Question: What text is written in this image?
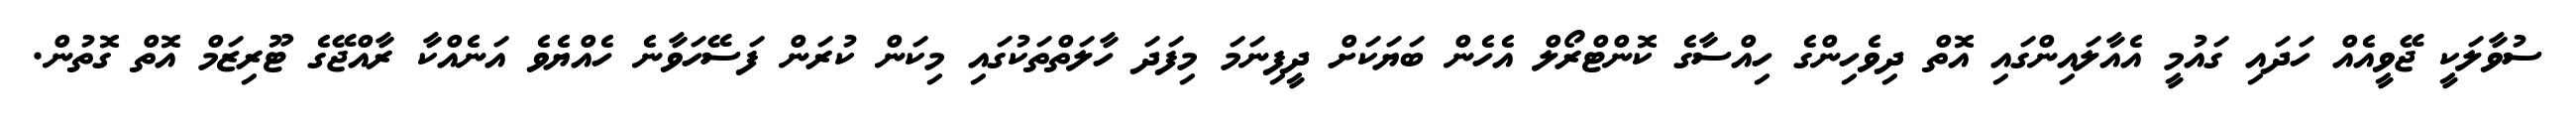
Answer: ސުވާލަކީ ޖޭވީއެއް ހަދައި ގައުމީ އެއާލައިންގައި އޮތް ދިވެހިންގެ ހިއްސާގެ ކޮންޓްރޯލް އެހެން ބަޔަކަށް ދީފިނަމަ މިފަދަ ހާލަތްތަކުގައި މިކަން ކުރަން ފަސޭހަވާނެ ހެއްޔެވެ އަނެއްކާ ރާއްޖޭގެ ޓޫރިޒަމް އޮތް ގޮތުން.